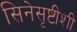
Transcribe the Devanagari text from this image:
सिनेसृष्टीशी